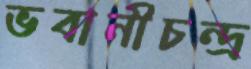
ভবানীচন্দ্র